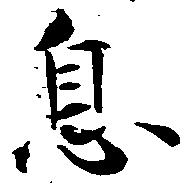
息